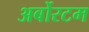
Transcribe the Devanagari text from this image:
अर्बोरटम